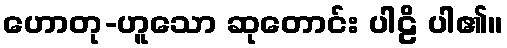
ဟောတု-ဟူသော ဆုတောင်း ပါဠိ ပါ၏။